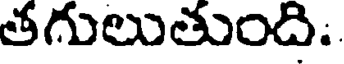
తగులుతుంది.